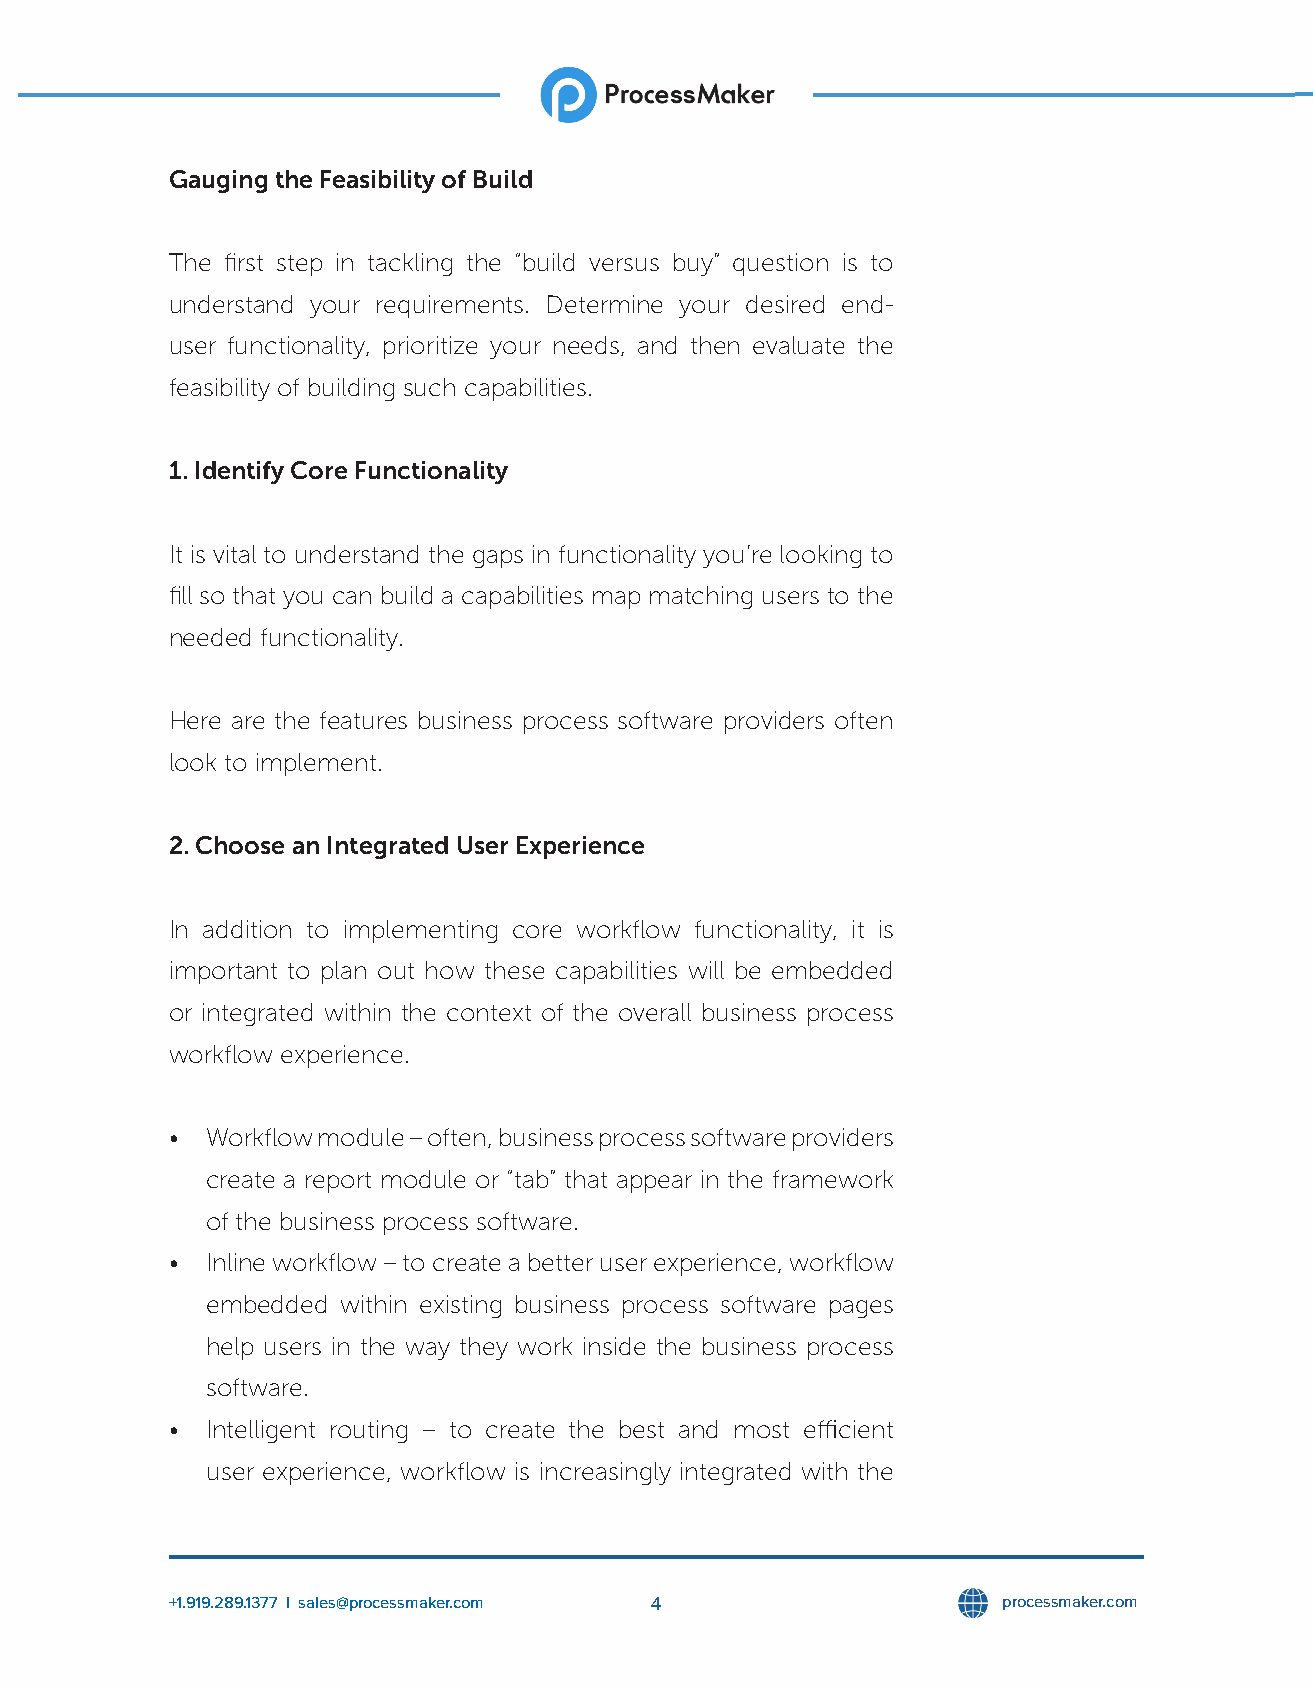
Gauging the Feasibility of Build
 The first step in tackling the “build versus buy” question is to
 understand your requirements. Determine your desired end-
 user functionality, prioritize your needs, and then evaluate the
 feasibility of building such capabilities.
 1. Identify Core Functionality
 It is vital to understand the gaps in functionality you’re looking to
 fill so that you can build a capabilities map matching users to the
 needed functionality.
 Here are the features business process software providers often
 look to implement.
 2. Choose an Integrated User Experience
 In addition to implementing core workflow functionality, it is
 important to plan out how these capabilities will be embedded
 or integrated within the context of the overall business process
 workflow experience.
 •  Workflow module – often, business process software providers
 create a report module or “tab” that appear in the framework
 of the business process software.
 •  Inline workflow – to create a better user experience, workflow
 embedded within existing business process software pages
 help users in the way they work inside the business process
 software.
 •  Intelligent routing – to create the best and most efficient
 user experience, workflow is increasingly integrated with the
 +1.919.289.1377 l sales@processmaker.com 4             processmaker.com